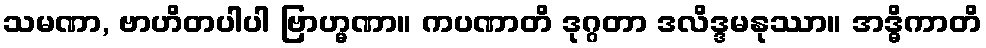
သမဏာ, ဗာဟိတပါပါ ဗြာဟ္မဏာ။ ကပဏာတိ ဒုဂ္ဂတာ ဒလိဒ္ဒမနုဿာ။ အဒ္ဓိကာတိ